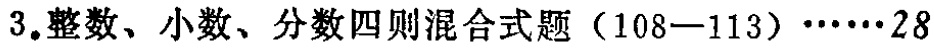
$3.整数、小数、分数四则混合式题（108—113）\cdots\cdots28$